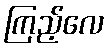
ကြည့်လေ